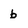
Character: b